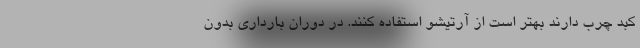
کبد چرب دارند بهتر است از آرتیشو استفاده کنند. در دوران بارداری بدون